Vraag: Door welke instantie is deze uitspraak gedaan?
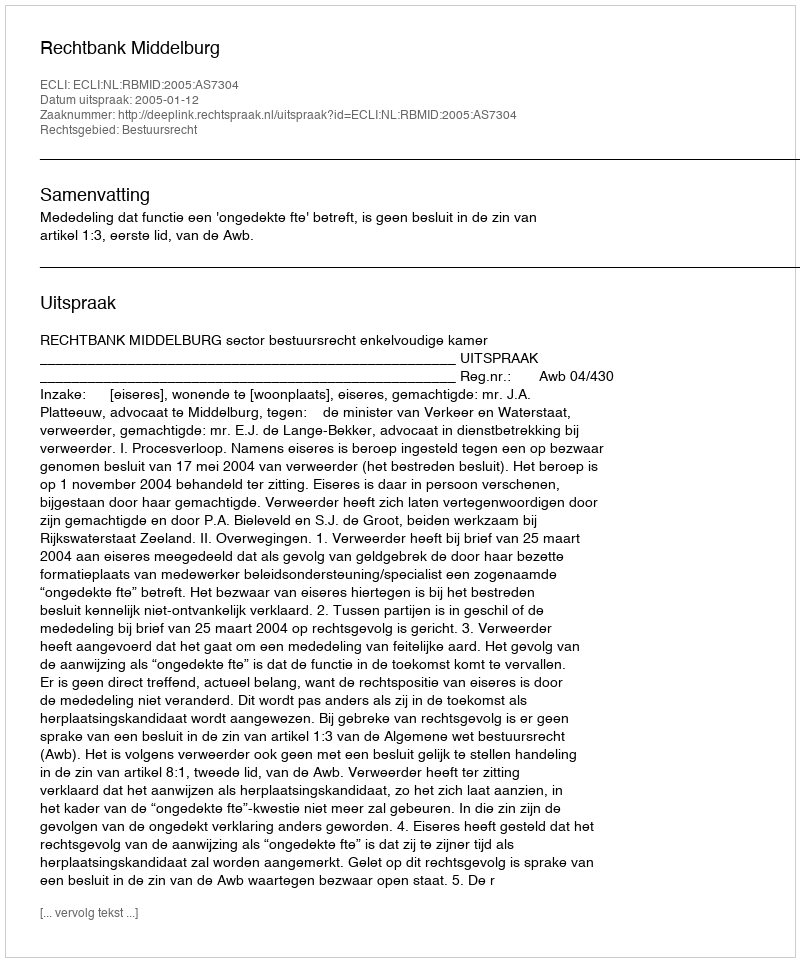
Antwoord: Rechtbank Middelburg